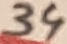
Text: 34